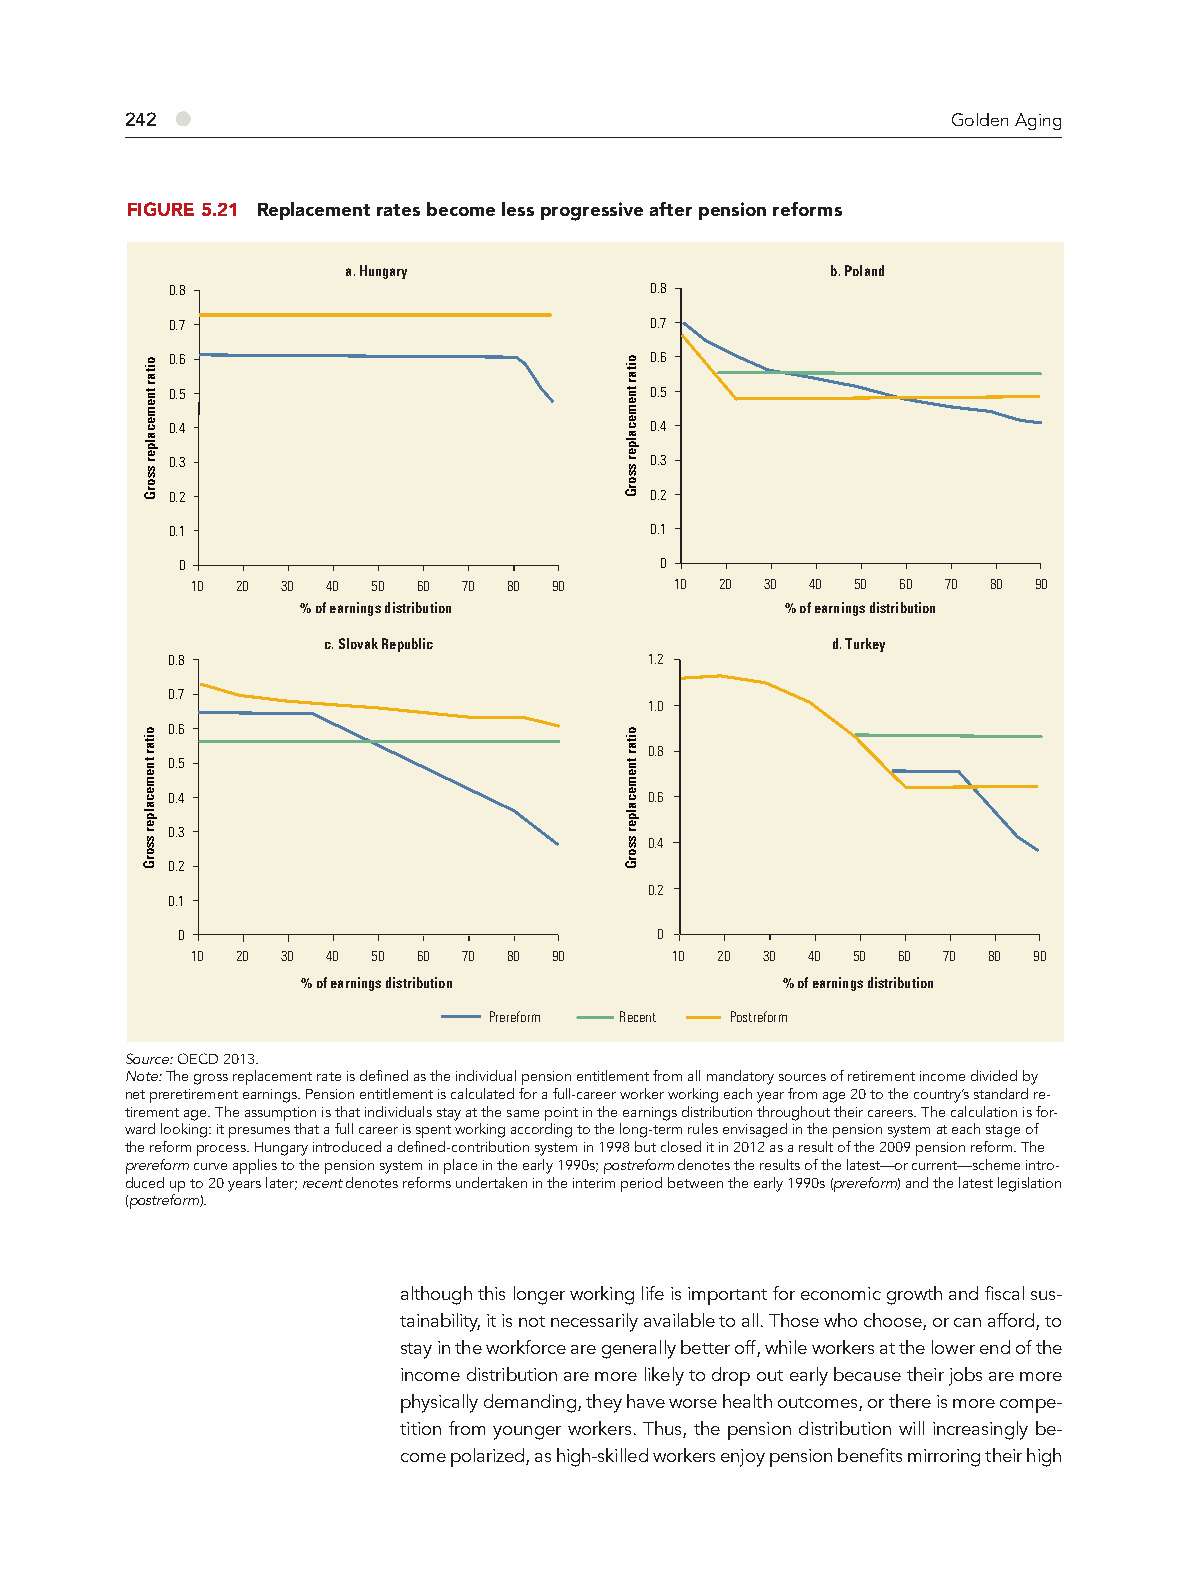
242 ●                                                  Golden Aging
 FIGURE 5.21 Replacement rates become less progressive after pension reforms
 a. Hungary                      b. Poland
 0.8                             0.8
 0.7                             0.7
 0.6                             0.6
 0.5                             0.5
 0.4                             0.4
 0.3                             0.3
 0.2                             0.2
 0.1                             0.1
 0                               0
 10 20 30 40 50 60 70 80 90      10 20 30 40 50 60 70 80 90
 % of earnings distribution      % of earnings distribution
 c. Slovak Republic                d. Turkey
 0.8                             1.2
 0.7
 1.0
 0.6
 0.8
 0.5
 0.4                             0.6
 0.3
 0.4
 0.2
 0.2
 0.1
 0                               0
 10 20 30 40 50 60 70 80 90      10 20 30 40 50 60 70 80 90
 % of earnings distribution      % of earnings distribution
 Prereform Recent Postreform
 Source: OECD 2013.
 Note: The gross replacement rate is defined as the individual pension entitlement from all mandatory sources of retirement income divided by
 net preretirement earnings. Pension entitlement is calculated for a full-career worker working each year from age 20 to the country’s standard re-
 tirement age. The assumption is that individuals stay at the same point in the earnings distribution throughout their careers. The calculation is for-
 ward looking: it presumes that a full career is spent working according to the long-term rules envisaged in the pension system at each stage of
 the reform process. Hungary introduced a defined-contribution system in 1998 but closed it in 2012 as a result of the 2009 pension reform. The
 prereform curve applies to the pension system in place in the early 1990s; postreform denotes the results of the latest—or current—scheme intro-
 duced up to 20 years later; recent denotes reforms undertaken in the interim period between the early 1990s (prereform) and the latest legislation
 (postreform).
 although this longer working life is important for economic growth and fiscal sus-
 tainability, it is not necessarily available to all. Those who choose, or can afford, to
 stay in the workforce are generally better off, while workers at the lower end of the
 income distribution are more likely to drop out early because their jobs are more
 physically demanding, they have worse health outcomes, or there is more compe-
 tition from younger workers. Thus, the pension distribution will increasingly be-
 come polarized, as high-skilled workers enjoy pension benefits mirroring their high
 oitar
 tnemecalper
 ssorG
 oitar
 tnemecalper
 ssorG
 oitar
 tnemecalper
 ssorG
 oitar
 tnemecalper
 ssorG